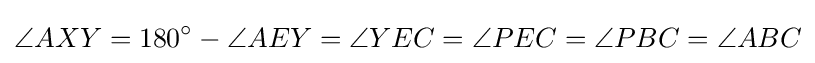
\angle AXY=180^{\circ }-\angle AEY=\angle YEC=\angle PEC=\angle PBC=\angle ABC